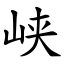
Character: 峡